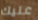
عليك